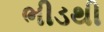
ભીડથી